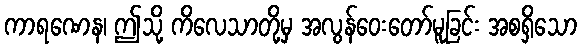
ကာရဏေန၊ ဤသို့ ကိလေသာတို့မှ အလွန်ဝေးတော်မူခြင်း အစရှိသော